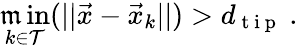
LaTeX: \operatorname*{\mathfrak{m}in}_{k\in\mathcal{{T}}}(||\vec{{x}}-\vec{{x}}_{k}||)>d_{\mathrm{{~t~i~p~}}}\ .